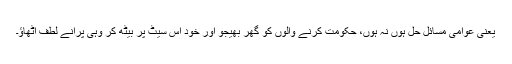
یعنی عوامی مسائل حل ہوں نہ ہوں، حکومت کرنے والوں کو گھر بھیجو اور خود اس سیٹ پر بیٹھ کر وہی پرانے لطف اٹھاؤ۔